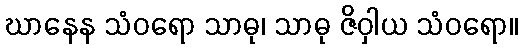
ဃာနေန သံဝရော သာဓု၊ သာဓု ဇိဝှါယ သံဝရော။